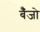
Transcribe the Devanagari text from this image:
बॅँजो